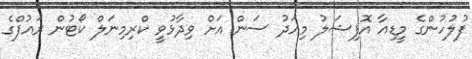
ފުލުހުންގެ މީޑިއާ އޮފިޝަލު މިއަދު ސަން އަށް ވިދާޅުވީ ކްރިމިނަލް ކޯޓުން ރައުފްގެ